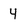
Character: 4